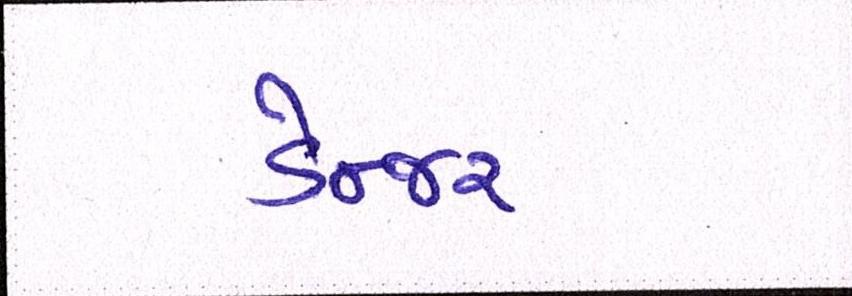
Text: ડેન્જર